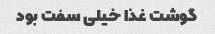
گوشت غذا خیلی سفت بود